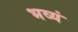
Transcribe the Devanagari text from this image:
भव्यं